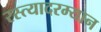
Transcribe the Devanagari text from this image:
रस्त्यादरम्यान